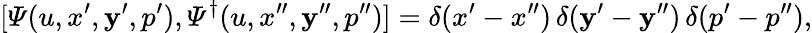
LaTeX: [{\mit\Psi}(u,x^{\prime},\mathbf{y}^{\prime},p^{\prime}),{\mit\Psi}^{\dagger}(u,x^{\prime\prime},\mathbf{y}^{\prime\prime},p^{\prime\prime})]=\delta(x^{\prime}-x^{\prime\prime})\, \delta(\mathbf{y}^{\prime}-\mathbf{y}^{\prime\prime})\, \delta(p^{\prime}-p^{\prime\prime}),